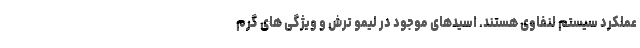
عملکرد سیستم لنفاوی هستند. اسیدهای موجود در لیمو ترش و ویژگی های گرم